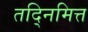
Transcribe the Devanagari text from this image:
तद्निमित्त